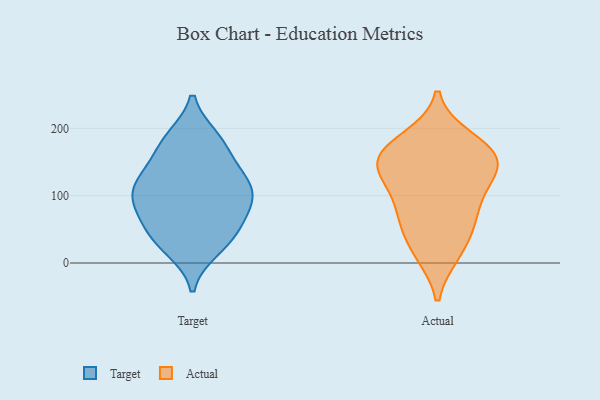
{"axis": {"x": "Demand Index", "y": "Value"}, "legend": ["Actual", "Target"], "data": [{"x": "", "y": 122, "type": "Target"}, {"x": "", "y": 90, "type": "Target"}, {"x": "", "y": 176, "type": "Target"}, {"x": "", "y": 131, "type": "Target"}, {"x": "", "y": 22, "type": "Target"}, {"x": "", "y": 125, "type": "Target"}, {"x": "", "y": 86, "type": "Target"}, {"x": "", "y": 177, "type": "Target"}, {"x": "", "y": 97, "type": "Target"}, {"x": "", "y": 114, "type": "Target"}, {"x": "", "y": 78, "type": "Target"}, {"x": "", "y": 35, "type": "Target"}, {"x": "", "y": 184, "type": "Target"}, {"x": "", "y": 50, "type": "Target"}, {"x": "", "y": 39, "type": "Target"}, {"x": "", "y": 15, "type": "Actual"}, {"x": "", "y": 18, "type": "Actual"}, {"x": "", "y": 156, "type": "Actual"}, {"x": "", "y": 170, "type": "Actual"}, {"x": "", "y": 122, "type": "Actual"}, {"x": "", "y": 60, "type": "Actual"}, {"x": "", "y": 155, "type": "Actual"}, {"x": "", "y": 167, "type": "Actual"}, {"x": "", "y": 67, "type": "Actual"}, {"x": "", "y": 139, "type": "Actual"}, {"x": "", "y": 184, "type": "Actual"}, {"x": "", "y": 104, "type": "Actual"}, {"x": "", "y": 137, "type": "Actual"}, {"x": "", "y": 72, "type": "Actual"}]}